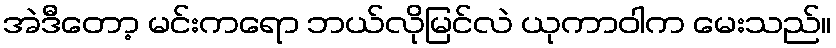
အဲဒီတော့ မင်းကရော ဘယ်လိုမြင်လဲ ယုကာဝါက မေးသည်။